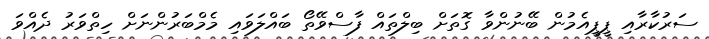
ސަރުކާރާއި ޕީޕީއެމުން ބޭނުންވާ ގޮތަށް ބިލްތައް ފާސްވޭތޯ ބައްލަވައި މެމްބަރުންނަށް ހިތްވަރު ދެއްވަ